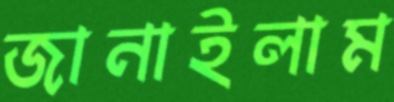
জানাইলাম